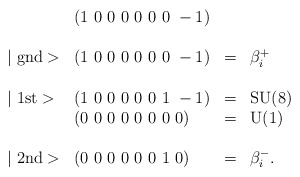
\begin{align*}\begin{array}{llcl} & (1~0~0~0~0~0~0~-1) & \\\\\mid \mbox{gnd}> & (1~0~0~0~0~0~0~-1) & = & \beta_i^+ \\\\\mid \mbox{1st}> & (1~0~0~0~0~0~1~-1) & = & \mbox{SU(8)} \\ & (0~0~0~0~0~0~0~0) & = & \mbox{U(1)} \\\\\mid \mbox{2nd}> & (0~0~0~0~0~0~1~0) & = & \beta_i^-. \\\end{array}\end{align*}